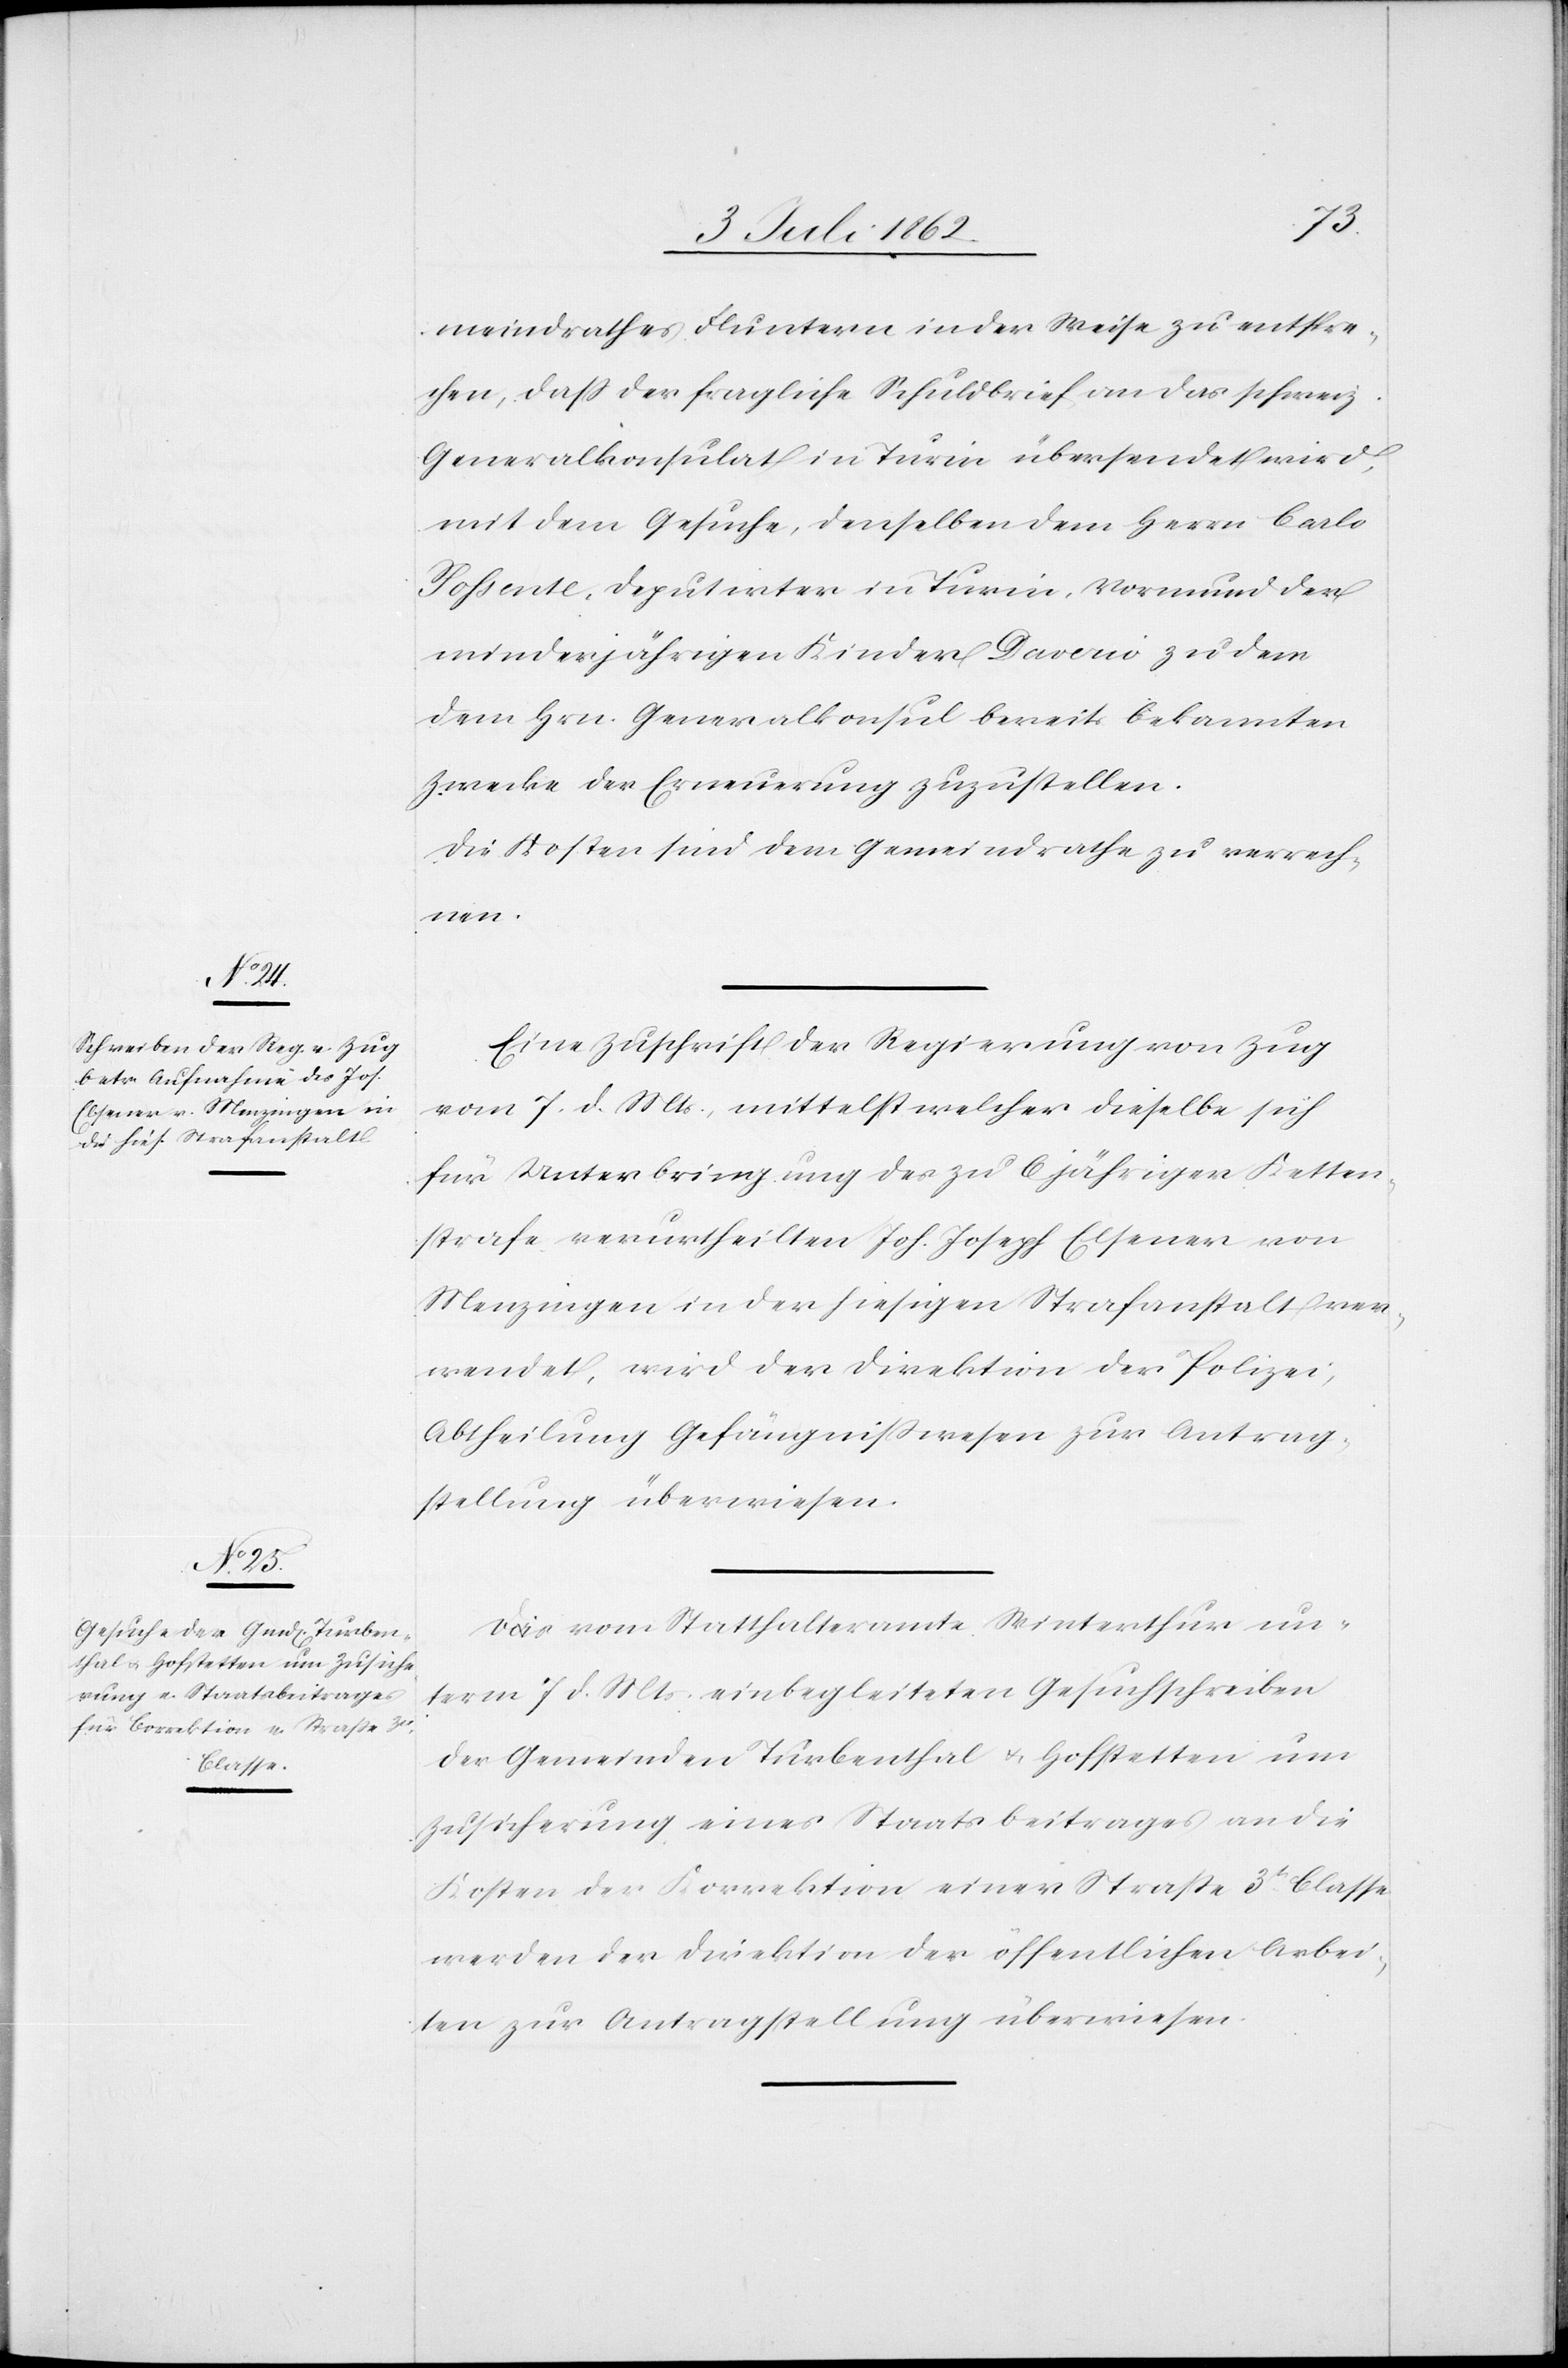
9te¬
n. Juli 1862]
den
meindrathes [sic!] Fluntern in der Weise zu entspre¬
chen, daß der fragliche Schuldbrief an das schweiz.
Generalkonsulat in Turin übersendet wird,
mit dem Gesuche, denselben dem Herrn Carlo
Possente, Deputirter in Turin, Vormund der
minderjährigen Kinder Davaio zu dem
dem Hrn. Generalkonsul bereits bekannten
Zwecke der Erneuerung zuzustellen.
Die Kosten sind dem Gemeindrathe zu verrech¬
9ten.
Eine Zuschrift der Regierung von Zug
vom 7 d Mts., mittelst welcher dieselbe sich
für Unterbringung des zu 6 jähriger Ketten¬
strafe verurtheilten Joh. [sic!] Joseph Elsener von
Menzingen in der hiesigen Strafanstalt ver¬
wendet, wird der Direktion der Polizei,
Abtheilung Gefängnißwesen zur Antrag¬
stellung überwiesen.
Das vom Statthalteramte Winterthur un¬
term 7 d. Mts. einbegleiteten [sic!] Gesuchschreiben
der Gemeinden Turbenthal u. Hofstetten um
Zusicherung eines Staatsbeitrages an die
Kosten der Korrektion einer Straße 3t. Classe
werden der Direktion der öffentlichen Arbei¬
ten zur Antragstellung überwiesen.